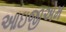
આઇજીએમ